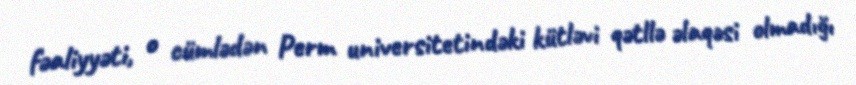
fəaliyyəti, o cümlədən Perm universitetindəki kütləvi qətllə əlaqəsi olmadığı